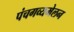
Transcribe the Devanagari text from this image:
पंचगव्यमेलन